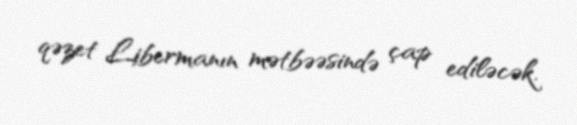
qəzet Libermanın mətbəəsində çap ediləcək.